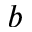
b